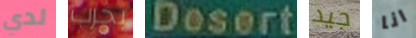
لدي بحرب Desert جيد انا